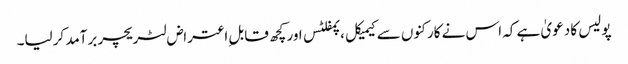
پولیس کا دعویٰ ہے کہ اس نے کارکنوں سے کیمیکل ،پمفلٹس اور کچھ قابل ِاعتراض لٹریچر برآمد کرلیا۔